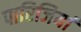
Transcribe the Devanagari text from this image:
पारिजियां